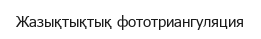
Жазықтықтық фототриангуляция